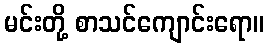
မင်းတို့ စာသင်ကျောင်းရော။